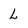
Character: L